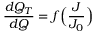
\frac { d Q _ { T } } { d Q } = f \Big ( \frac { J } { J _ { 0 } } \Big )